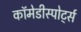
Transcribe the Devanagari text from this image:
कॉमेडीस्पोर्ट्स